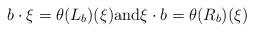
LaTeX: \begin{align*}b \cdot \xi = \theta(L_b)(\xi) \mbox{and}\xi \cdot b = \theta(R_b)(\xi)\end{align*}